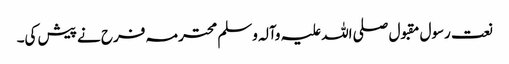
نعت رسول مقبول صلی اللہ علیہ وآلہ وسلم محترمہ فرح نے پیش کی۔